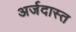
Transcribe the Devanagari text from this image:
अर्जदास्‍त